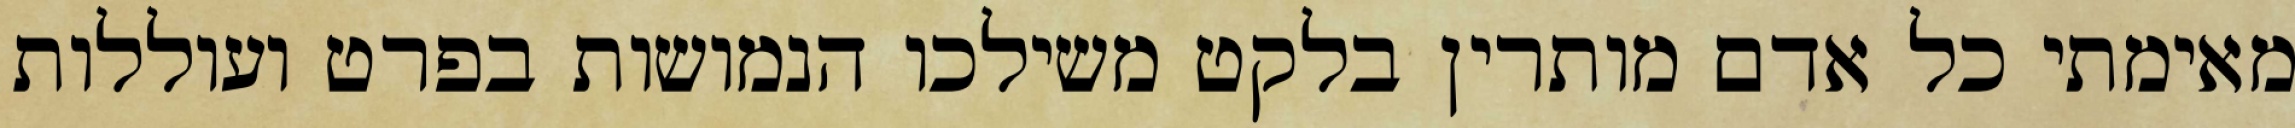
מאימתי כל אדם מותרין בלקט משילכו הנמושות בפרט ועוללות